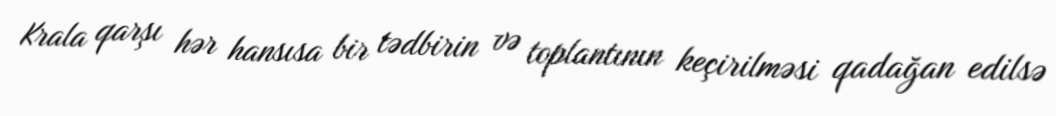
Krala qarşı hər hansısa bir tədbirin və toplantının keçirilməsi qadağan edilsə